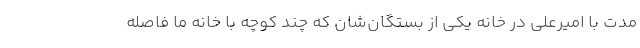
مدت با امیرعلی در خانه یکی از بستگان‌شان که چند کوچه با خانه ما فاصله